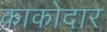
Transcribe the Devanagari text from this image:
काकोदार